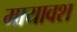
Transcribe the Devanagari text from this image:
मायावश